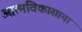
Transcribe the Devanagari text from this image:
आत्मविकासाचा